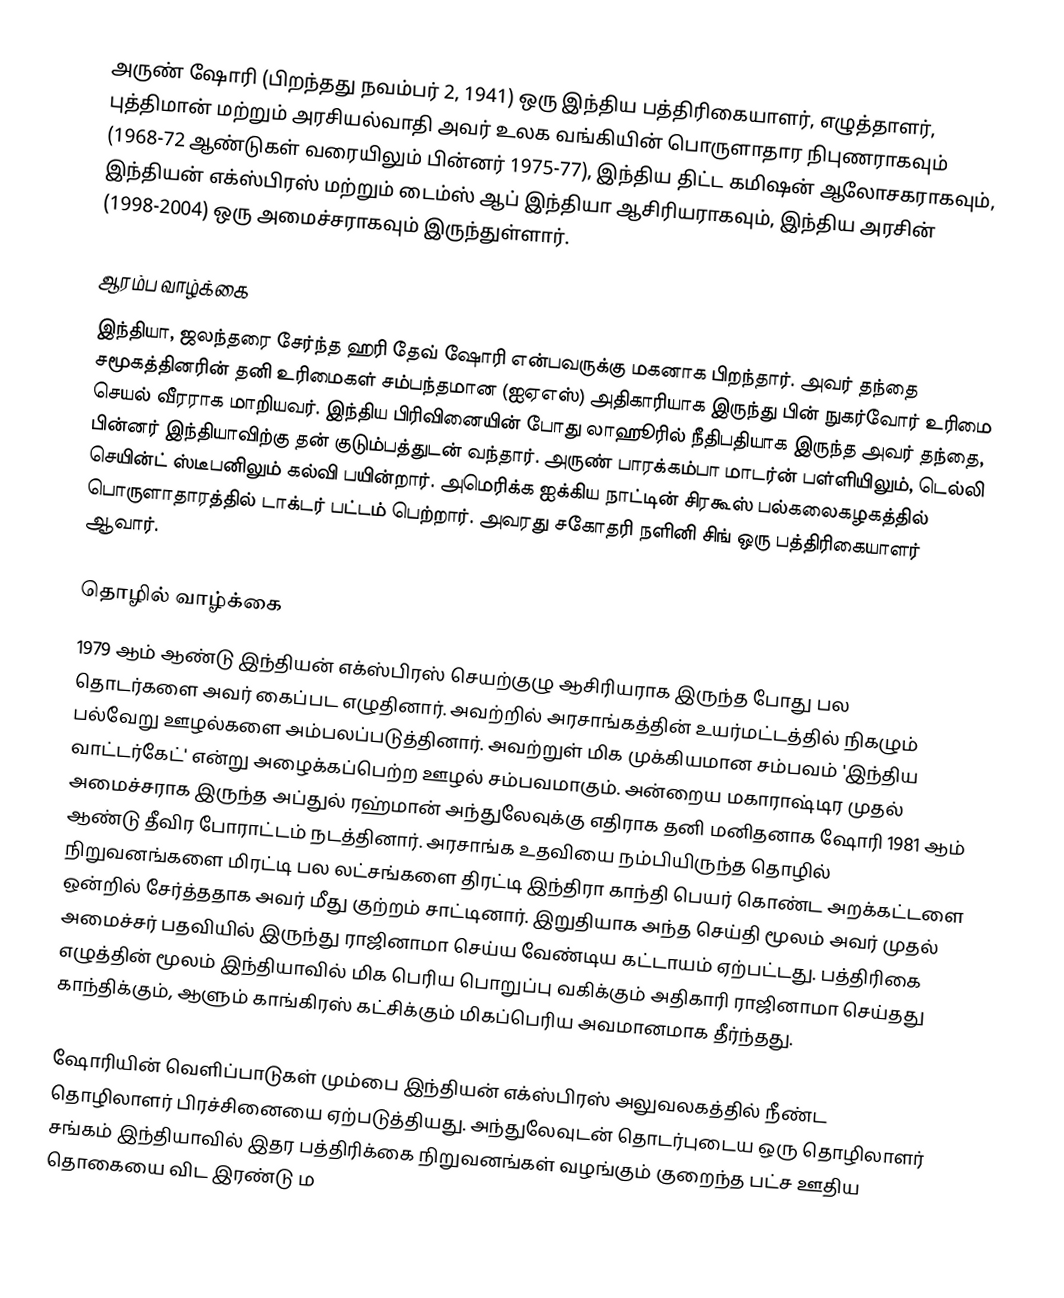
அருண் ஷோரி  (பிறந்தது நவம்பர் 2, 1941) ஒரு இந்திய பத்திரிகையாளர், எழுத்தாளர், புத்திமான் மற்றும் அரசியல்வாதி   அவர் உலக வங்கியின் பொருளாதார நிபுணராகவும்  (1968-72 ஆண்டுகள் வரையிலும் பின்னர் 1975-77), இந்திய திட்ட கமிஷன் ஆலோசகராகவும், இந்தியன் எக்ஸ்பிரஸ் மற்றும் டைம்ஸ் ஆப் இந்தியா ஆசிரியராகவும், இந்திய அரசின் (1998-2004) ஒரு அமைச்சராகவும் இருந்துள்ளார்.

ஆரம்ப வாழ்க்கை
இந்தியா, ஜலந்தரை சேர்ந்த ஹரி தேவ் ஷோரி என்பவருக்கு மகனாக பிறந்தார். அவர் தந்தை  சமூகத்தினரின் தனி உரிமைகள் சம்பந்தமான (ஐஏஎஸ்) அதிகாரியாக இருந்து பின் நுகர்வோர் உரிமை செயல் வீரராக மாறியவர். இந்திய பிரிவினையின் போது லாஹூரில் நீதிபதியாக இருந்த அவர் தந்தை, பின்னர் இந்தியாவிற்கு தன் குடும்பத்துடன் வந்தார். அருண் பாரக்கம்பா மாடர்ன் பள்ளியிலும், டெல்லி செயின்ட் ஸ்டீபனிலும் கல்வி பயின்றார். அமெரிக்க ஐக்கிய நாட்டின் சிரகூஸ் பல்கலைகழகத்தில் பொருளாதாரத்தில் டாக்டர் பட்டம் பெற்றார். அவரது சகோதரி நளினி சிங் ஒரு பத்திரிகையாளர் ஆவார்.

தொழில் வாழ்க்கை
1979 ஆம் ஆண்டு இந்தியன் எக்ஸ்பிரஸ் செயற்குழு ஆசிரியராக இருந்த போது பல தொடர்களை அவர் கைப்பட எழுதினார். அவற்றில் அரசாங்கத்தின் உயர்மட்டத்தில் நிகழும் பல்வேறு ஊழல்களை அம்பலப்படுத்தினார். அவற்றுள் மிக முக்கியமான சம்பவம் 'இந்திய வாட்டர்கேட்' என்று அழைக்கப்பெற்ற ஊழல் சம்பவமாகும். அன்றைய மகாராஷ்டிர முதல் அமைச்சராக இருந்த அப்துல் ரஹ்மான் அந்துலேவுக்கு எதிராக தனி மனிதனாக ஷோரி 1981 ஆம் ஆண்டு தீவிர போராட்டம் நடத்தினார். அரசாங்க உதவியை நம்பியிருந்த தொழில் நிறுவனங்களை மிரட்டி பல லட்சங்களை திரட்டி இந்திரா காந்தி பெயர் கொண்ட அறக்கட்டளை ஒன்றில் சேர்த்ததாக அவர் மீது குற்றம் சாட்டினார். இறுதியாக அந்த செய்தி மூலம் அவர் முதல் அமைச்சர் பதவியில் இருந்து ராஜினாமா செய்ய வேண்டிய கட்டாயம் ஏற்பட்டது. பத்திரிகை எழுத்தின் மூலம் இந்தியாவில் மிக பெரிய பொறுப்பு வகிக்கும் அதிகாரி ராஜினாமா செய்தது காந்திக்கும், ஆளும் காங்கிரஸ் கட்சிக்கும் மிகப்பெரிய அவமானமாக தீர்ந்தது.

ஷோரியின் வெளிப்பாடுகள் மும்பை இந்தியன் எக்ஸ்பிரஸ் அலுவலகத்தில் நீண்ட தொழிலாளர் பிரச்சினையை ஏற்படுத்தியது. அந்துலேவுடன் தொடர்புடைய ஒரு தொழிலாளர் சங்கம் இந்தியாவில் இதர பத்திரிக்கை நிறுவனங்கள் வழங்கும் குறைந்த பட்ச ஊதிய தொகையை விட இரண்டு ம